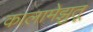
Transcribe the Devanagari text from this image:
कालामेझुतू